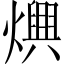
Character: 𤑍